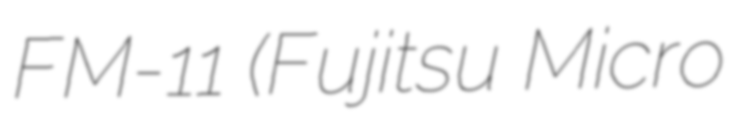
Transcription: FM-11 (Fujitsu Micro